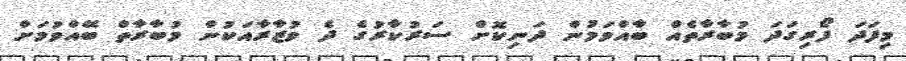
މިފަދަ ފޯރިގަދަ މުބާރާތެއް ބާއްވަމުން ދަނިކޮށް ސަރުކާރުގެ ދެ ވުޒާރާއަކުން މުބާރާތް ބޭއްވުމަށް